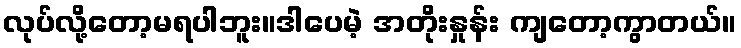
လုပ်လို့တော့မရပါဘူး။ဒါပေမဲ့ အတိုးနှုန်း ကျတော့ကွာတယ်။